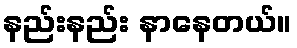
နည်းနည်း နာနေတယ်။